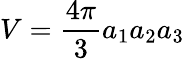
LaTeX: V=\frac{4\pi}{3}a_{1}a_{2}a_{3}